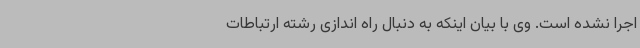
اجرا نشده است. وی با بیان اینکه به دنبال راه اندازی رشته ارتباطات